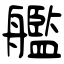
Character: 艦